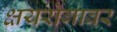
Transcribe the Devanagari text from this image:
क्षयरोगावर